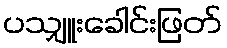
ပသျှူးခေါင်းဖြတ်